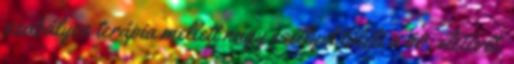
szabályos terápia mellett nagy eséllyel túléli a 60. életévét.